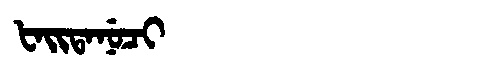
Manchu: ᡶᠠᡳᡨᠠᠨᡠᠴᡳ
Romanization: FAITANUCI